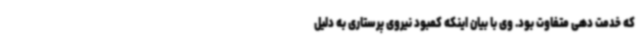
که خدمت دهی متفاوت بود. وی با بیان اینکه کمبود نیروی پرستاری به دلیل